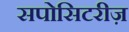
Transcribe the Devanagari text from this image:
सपोसिटरीज़